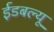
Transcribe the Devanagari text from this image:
ईडबल्यू